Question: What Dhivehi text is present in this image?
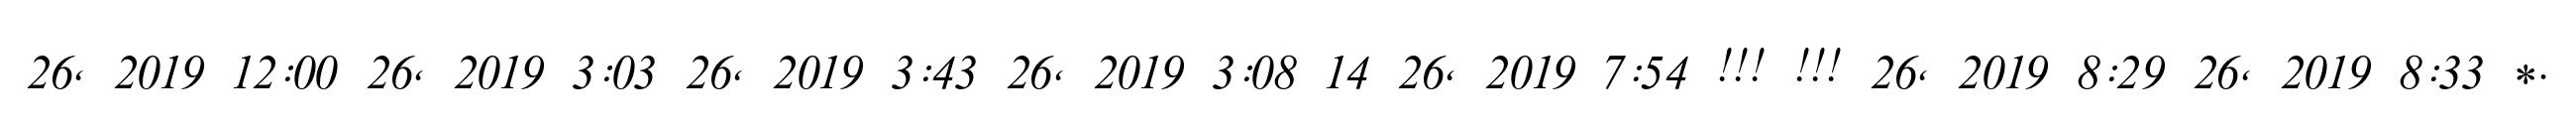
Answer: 26, 2019 12:00 26, 2019 3:03 26, 2019 3:43 26, 2019 3:08 14 26, 2019 7:54 !!! !!! 26, 2019 8:29 26, 2019 8:33 *.